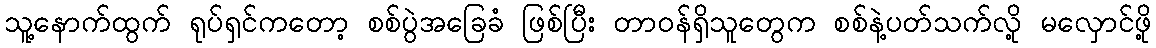
သူ့နောက်ထွက် ရုပ်ရှင်ကတော့ စစ်ပွဲအခြေခံ ဖြစ်ပြီး တာဝန်ရှိသူတွေက စစ်နဲ့ပတ်သက်လို့ မလှောင်ဖို့